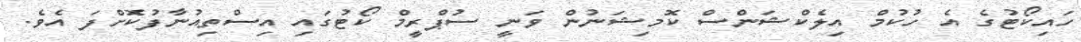
ހައިކޯޓުގެ އެ ހުކުމް އިލެކްޝަންސް ކޮމިޝަނުން ވަނީ ސުޕްރީމް ކޯޓުގައި އިސްތިއުނާފުކޮށްފަ އެވެ.